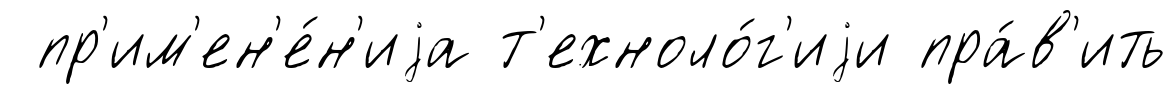
пр'им'ен'е́н'иjа т'ехноло́г'иjи пра́в'ить